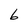
Character: 6